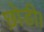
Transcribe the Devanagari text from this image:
छ़ोडी।